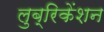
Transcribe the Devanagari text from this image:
लुब्रिकेंशन